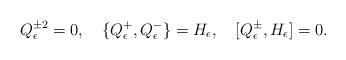
LaTeX: \begin{align*}Q^{\pm2}_{\epsilon}=0,\quad \{Q^{+}_{\epsilon},Q^{-}_{\epsilon}\}=H_{\epsilon},\quad[Q^{\pm}_{\epsilon},H_{\epsilon}]=0.\end{align*}